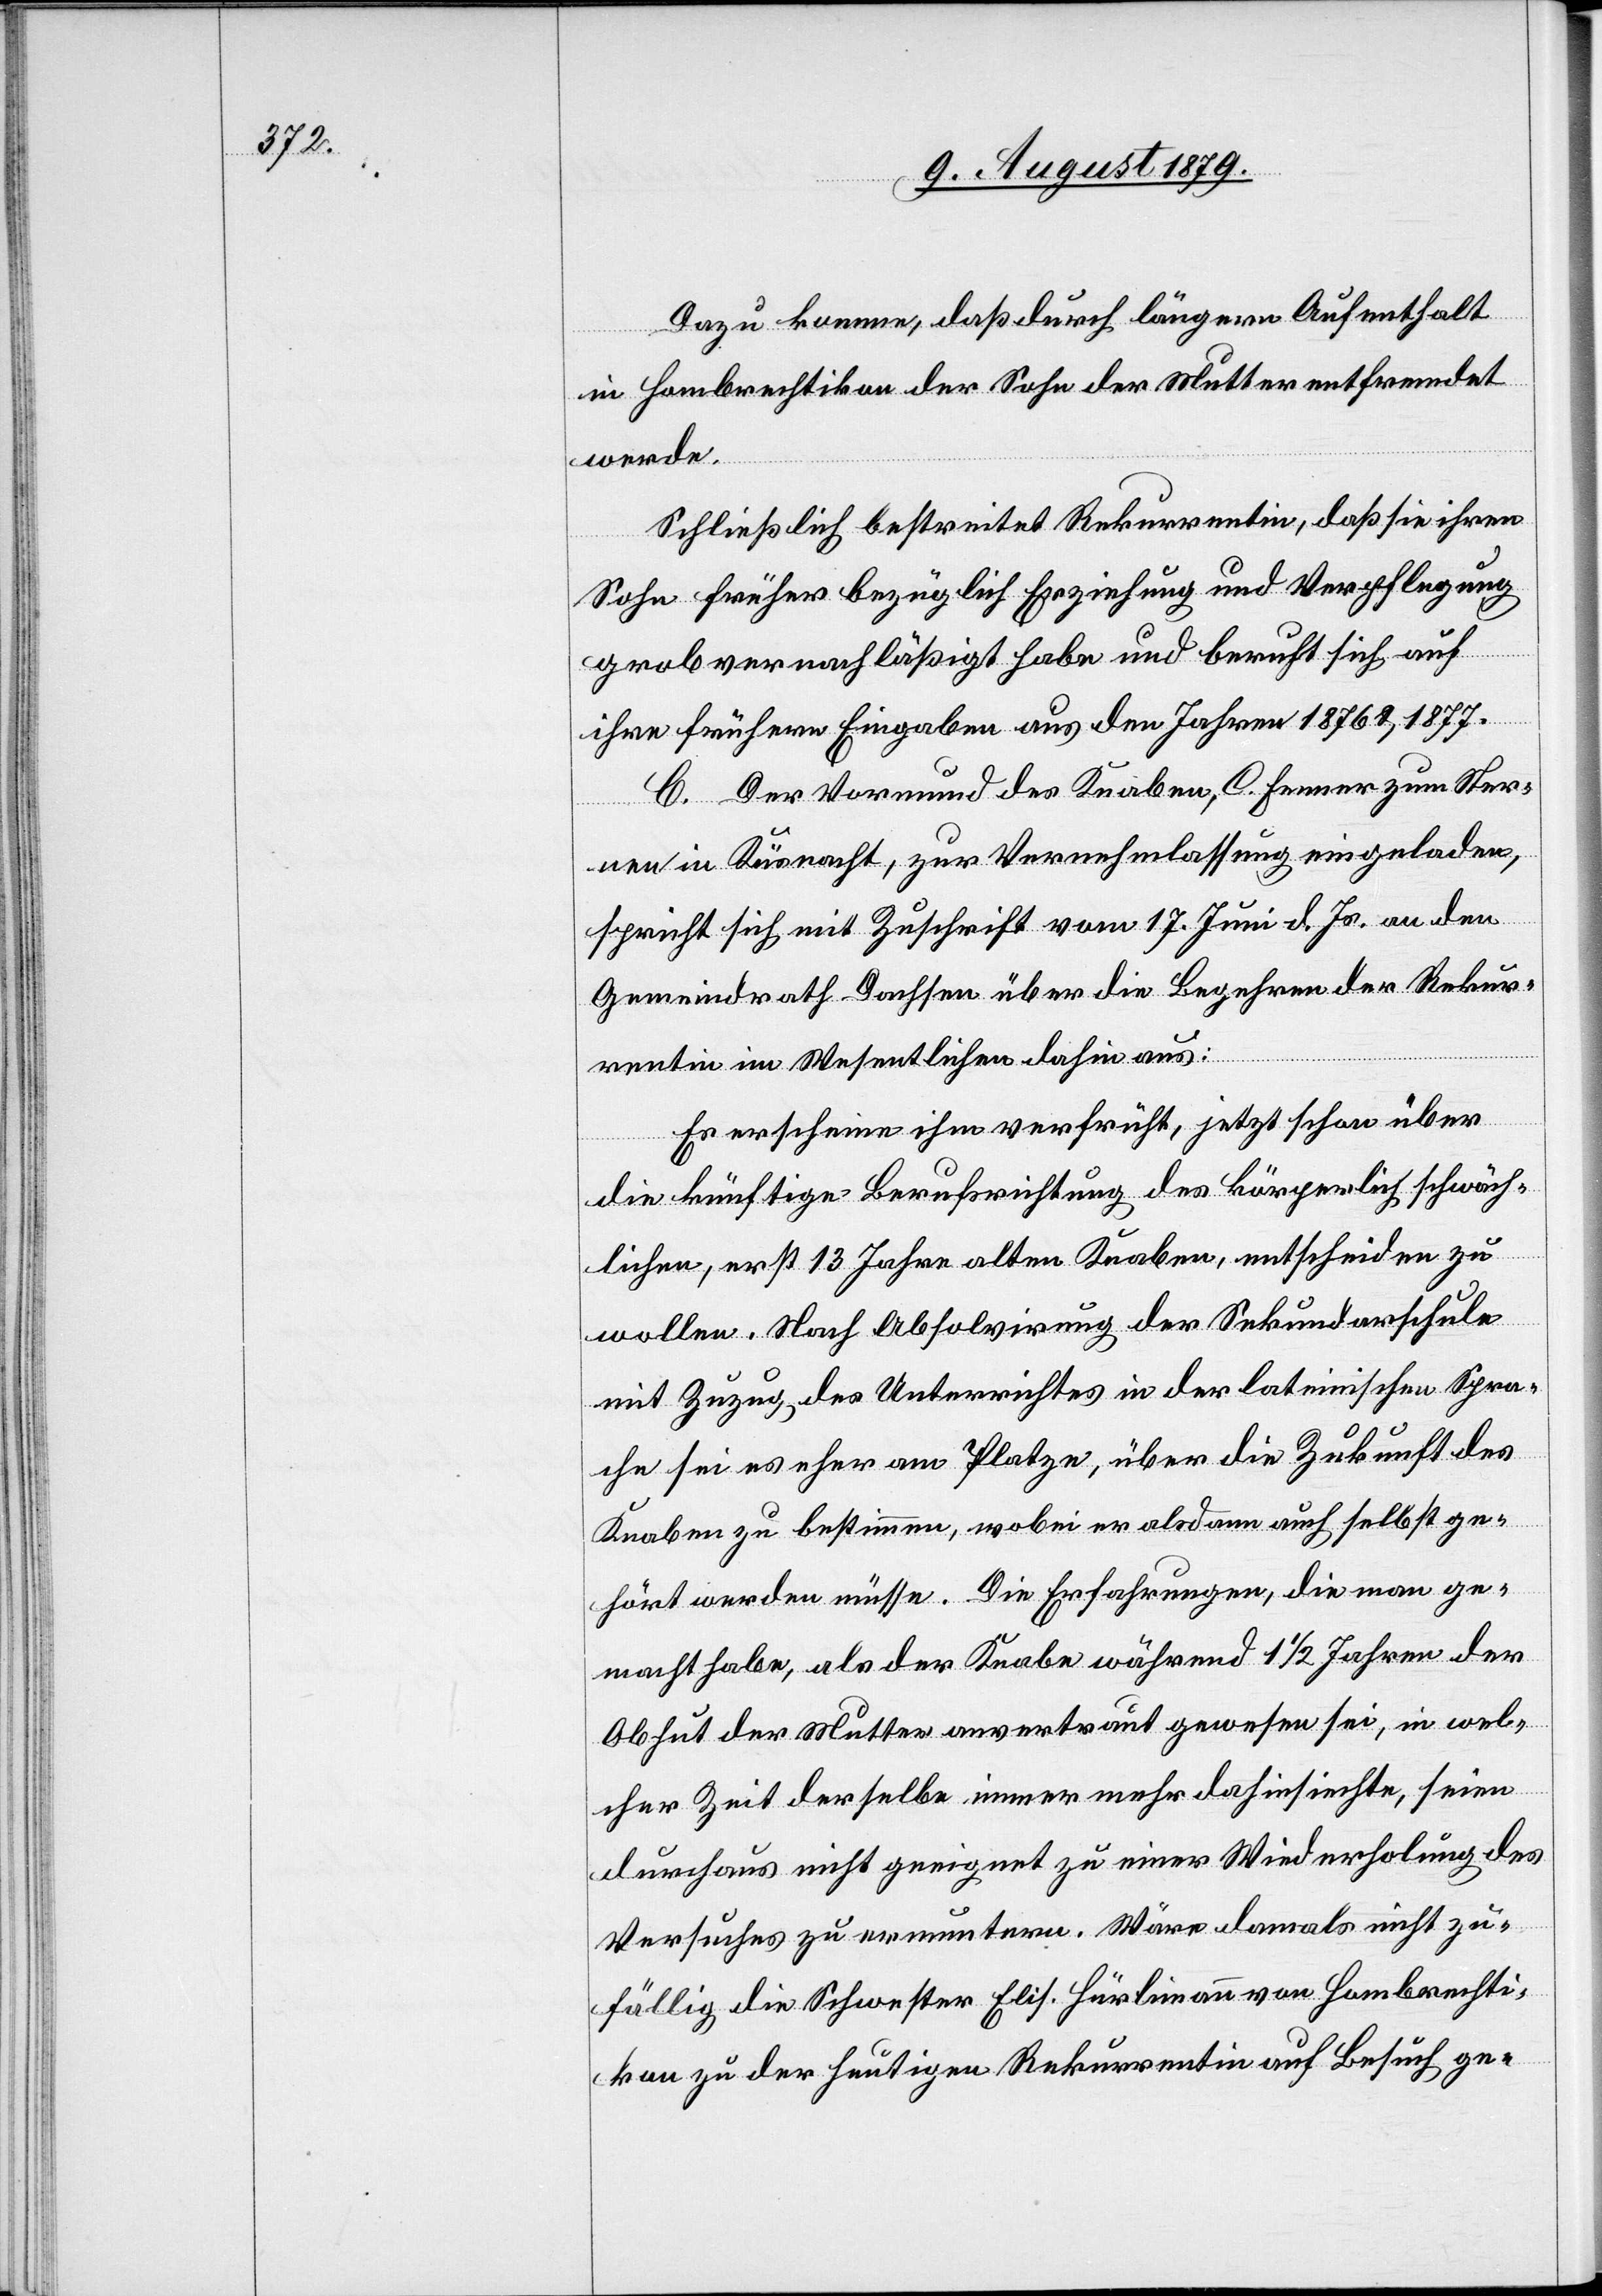
Dazu komme, daß durch längern Aufenthalt
in Hombrechtikon der Sohn der Mutter entfremdet
werde.
Schließlich bestreitet Rekurrentin, daß sie ihren
Sohn früher bezüglich Erziehung und Verpflegung
grob vernachlässigt habe und beruft sich auf
ihre frühern Eingaben aus den Jahren 1876 & 1877.
C. Der Vormund des Knaben, C. Fenner zum Ster¬
nen in Küsnacht, zur Vernehmlassung eingeladen,
spricht sich mit Zuschrift vom 17. Juni d. Js. an den
Gemeindrath Dachsen über die Begehren der Rekur¬
rentin im Wesentlichen dahin aus:
Es erscheine ihm verfrüht, jetzt schon über
die künftige Berufsrichtung des körperlich schwäch¬
lichen, erst 13 Jahre alten Knaben, entscheiden zu
wollen. Nach Absolvirung der Sekundarschule
mit Zuzug des Unterrichtes in der lateinischen Spra¬
che sei es eher am Platze, über die Zukunft des
Knaben zu bestimmen, wobei er alsdann auch selbst ge¬
hört werden müsse. Die Erfahrungen, die man ge¬
macht habe, als der Knabe während 1 1/2 Jahren der
Obhut der Mutter anvertraut gewesen sei, in wel¬
cher Zeit derselbe immer mehr dahinsiechte, seien
durchaus nicht geeignet zu einer Wiederholung des
Versuches zu ermuntern. Wäre damals nicht zu¬
fällig die Schwester Elis. Hürlimann von Hombrechti¬
kon zu der heutigen Rekurrentin auf Besuch ge-